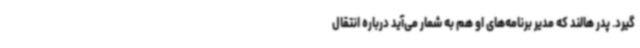
گیرد. پدر هالند که مدیر برنامه‌های او هم به شمار می‌آید درباره انتقال